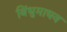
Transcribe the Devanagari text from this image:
बिंधुमाधव